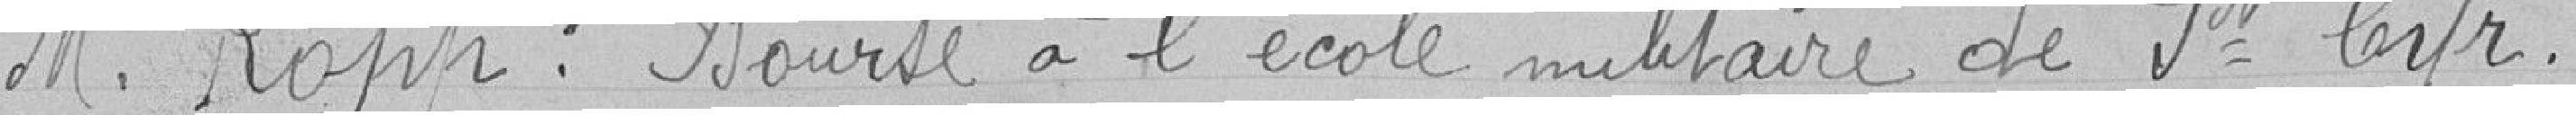
M. Kopp . Bourse à l'école militaire de St Cyr .